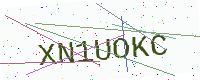
Text: XN1UOKC